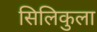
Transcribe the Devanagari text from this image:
सिलिकुला